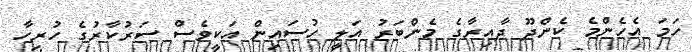
ހަމަ އެހެންމެ ކެންދޫ ދާއިރާގެ މެންބަރު އަލީ ހުސައިން އަކީވެސް ސަރުކާރުގެ ހުރިހާ